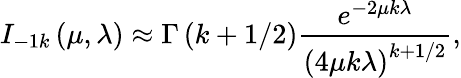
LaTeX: I_{-1k}\left(\mu,\lambda\right)\approx\Gamma\left(k+1/2\right)\frac{e^{-2\mu k\lambda}}{\left(4\mu k\lambda\right)^{k+1/2}},